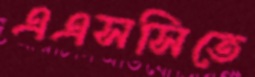
এএসসিতে